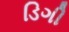
ડિગી